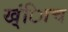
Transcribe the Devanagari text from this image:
ख्ंिाच